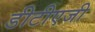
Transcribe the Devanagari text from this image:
डीटीएजी